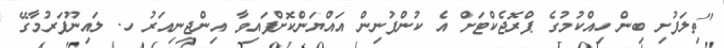
"ތިލަފުށި ބިން ހިއްކުމުގެ ޕްރޮޖެކްޓަށް އެ ކުންފުނިން އައްޔަންކޮށްފައިވާ އިންޖިނިއަރު ހ. ލައިނޫފަރުމާގޭ